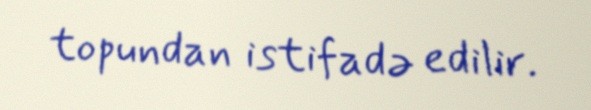
topundan istifadə edilir.